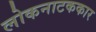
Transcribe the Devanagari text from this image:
लोकनाटककार